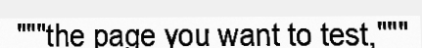
"""the page you want to test,"""